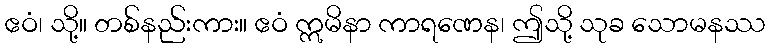
ဧဝံ၊ သို့။ တစ်နည်းကား။ ဧဝံ ဣမိနာ ကာရဏေန၊ ဤသို့ သုခ သောမနဿ